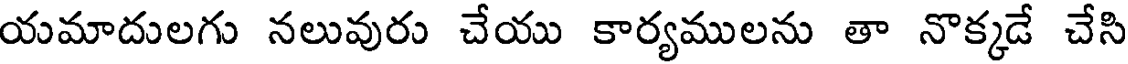
యమాదులగు నలువురు చేయు కార్యములను తా నొక్కడే చేసి